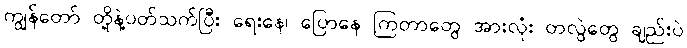
ကျွန်တော် တို့နဲ့ပတ်သက်ပြီး ရေးနေ၊ ပြောနေ ကြတာတွေ အားလုံး တလွဲတွေ ချည်းပဲ